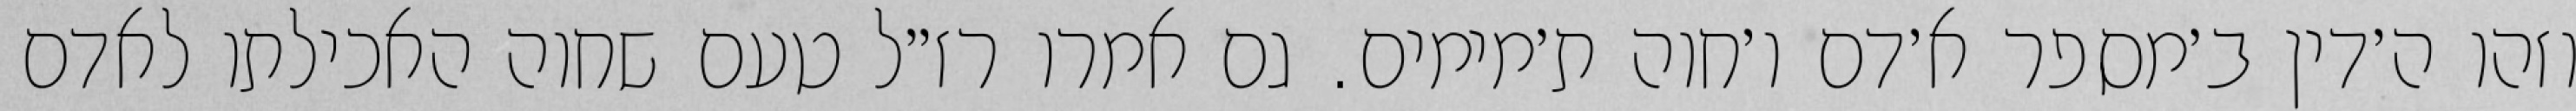
וזהו ה׳דין ב׳מספר א׳דם ו׳חוה ת׳מימים. גם אמרו רז״ל טעם שחוה האכילתו לאדם